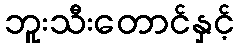
ဘူးသီးတောင်နှင့်